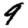
Digit: 9